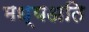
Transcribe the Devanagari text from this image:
मध्यअति